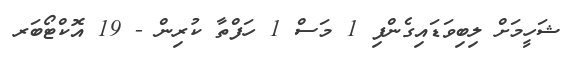
ޝަހީމަށް ލިބިވަޑައިގެންފި 1 މަސް 1 ހަފްތާ ކުރިން - 19 އޮކްޓޯބަރ